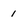
Character: 1